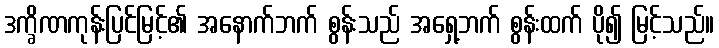
ဒက္ခိဏကုန်းပြင်မြင့်၏ အနောက်ဘက် စွန်းသည် အရှေ့ဘက် စွန်းထက် ပို၍ မြင့်သည်။